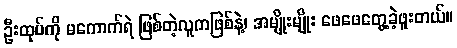
ဦးထုပ်ကို မကောက်ရဲ ဖြစ်တဲ့လူကဖြစ်နဲ့၊ အမျိုးမျိုး ဖေဖေတွေ့ခဲ့ဖူးတယ်။